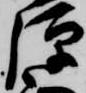
弾